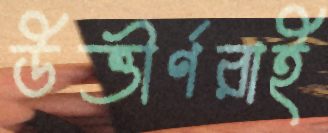
উত্তীর্ণরাই